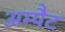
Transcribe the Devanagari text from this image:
अम्पैट